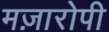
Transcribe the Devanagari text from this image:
मज़ारोपी